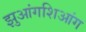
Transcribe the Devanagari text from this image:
झुआंगशिआंग